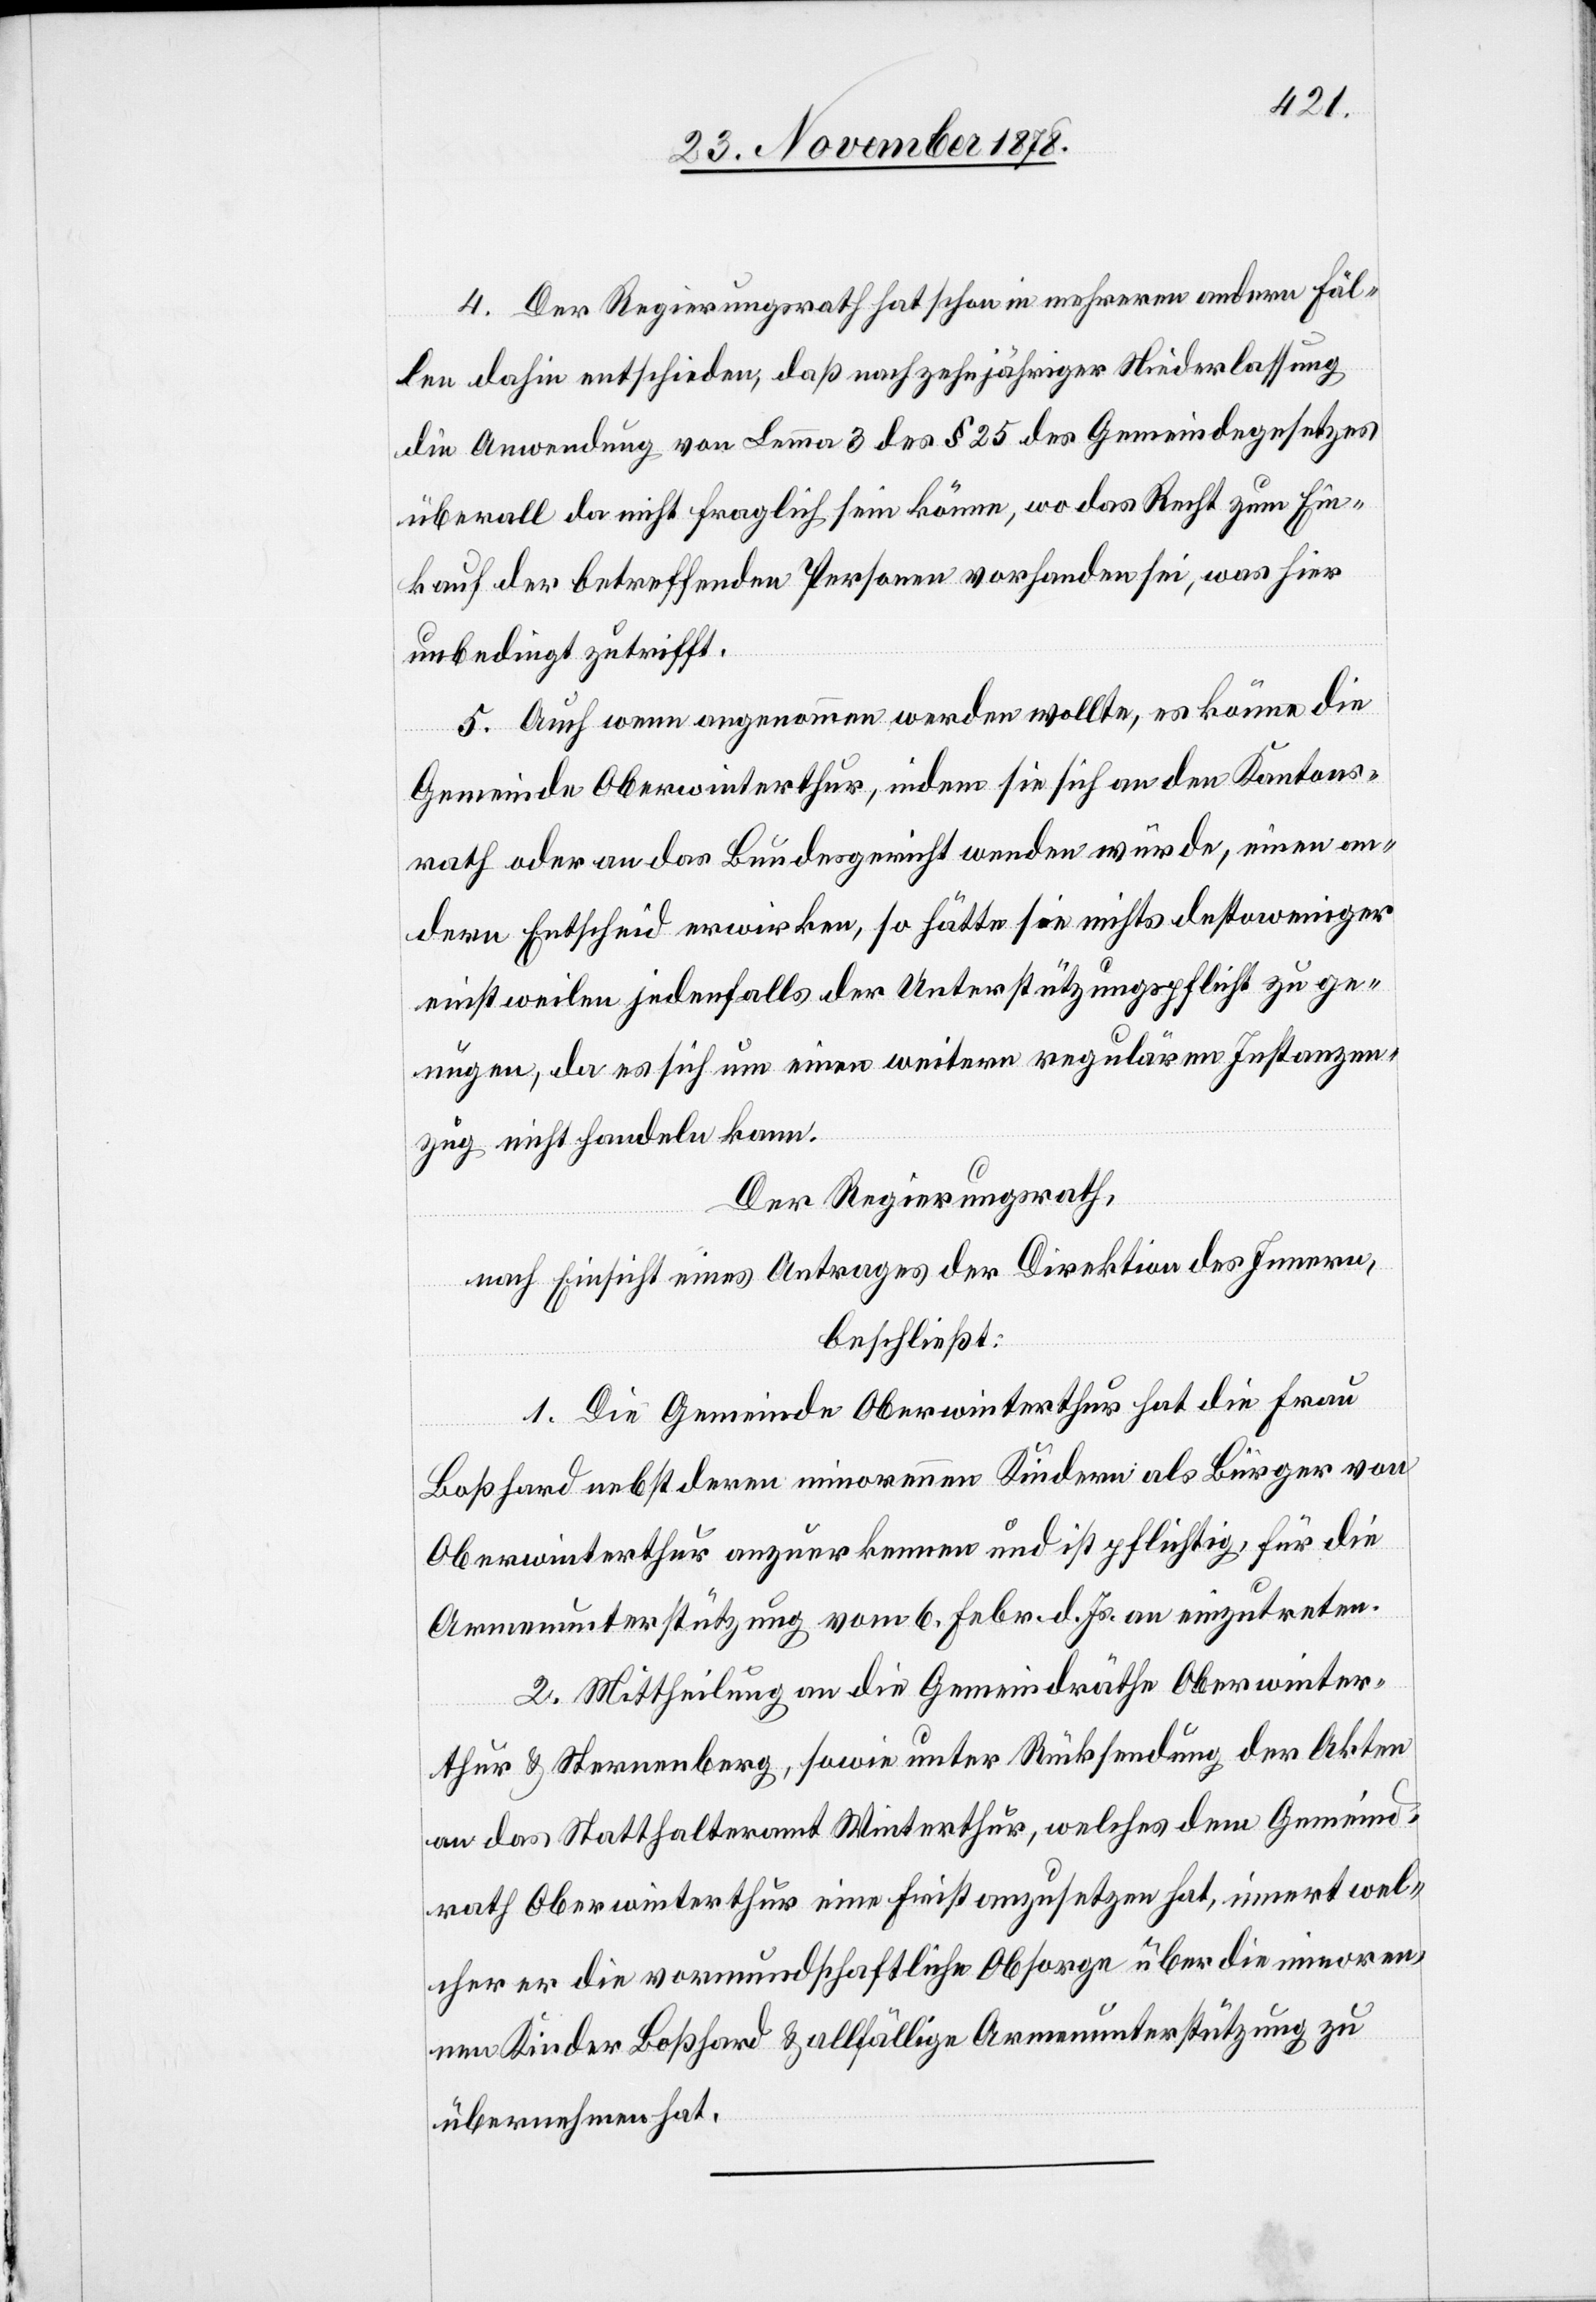
4. Der Regierungsrath hat schon in mehreren andern Fäl¬
len dahin entschieden, daß nach zehnjähriger Niederlassung
die Anwendung von Lemma 3 des § 25 des Gemeindegesetzes
überall da nicht fraglich sein könne, wo das Recht zum Ein¬
kauf der betreffenden Personen vorhanden sei, was hier
unbedingt zutrifft.
5. Auch wenn angenommen werden wollte, es könne die
Gemeinde Oberwinterthur, indem sie sich an den Kantons¬
rath oder an das Bundesgericht wenden würde, einen an¬
dern Entscheid erwirken, so hätte sie nichts destoweniger
einstweilen jedenfalls der Unterstützungspflicht zu ge¬
nügen, da es sich um einen weitern regulären Instanzen¬
zug nicht handeln kann.
Der Regierungsrath,
nach Einsicht eines Antrages der Direktion des Innern,
beschließt:
1. Die Gemeinde Oberwinterthur hat die Frau
Boßhard nebst deren minorennen Kindern als Bürger von
Oberwinterthur anzuerkennen und ist pflichtig, für die
Armenunterstützung vom 6. Febr. d. Js. an einzutreten.
2. Mittheilung an die Gemeindräthe Oberwinter¬
thur & Sternenberg, sowie unter Rücksendung der Akten
an das Statthalteramt Winterthur, welches dem Gemeind¬
rath Oberwinterthur eine Frist anzusetzen hat, innert wel¬
cher er die vormundschaftliche Obsorge über die minorren¬
en Kinder Boßhard & allfällige Armenunterstützung zu
übernehmen hat.